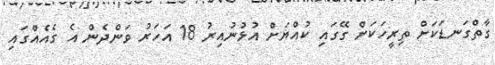
ގާތްގަނޑަކަށް ތިރީހަކަށް ގޭގައި ކުއްޔަށް އުޅުނުއިރު 18 އަހަރު ވަންދެން އެ ގެއެއްގައި